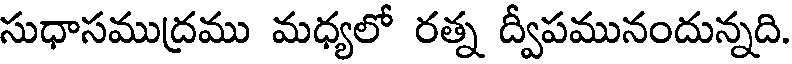
సుధాసముద్రము మధ్యలో రత్న ద్వీపమునందున్నది.